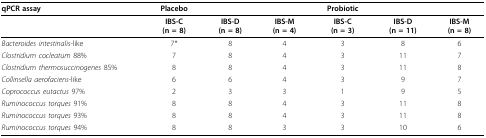
<table><thead><tr><td><b>qPCR assay</b></td><td><b>Placebo</b></td><td></td><td></td><td><b>Probiotic</b></td><td></td><td></td></tr></thead><tbody><tr><td></td><td><b>IBS-C</b><b>(n = 8)</b></td><td><b>IBS-D</b><b>(n = 8)</b></td><td><b>IBS-M</b><b>(n = 4)</b></td><td><b>IBS-C</b><b>(n = 3)</b></td><td><b>IBS-D</b><b>(n = 11)</b></td><td><b>IBS-M</b><b>(n = 8)</b></td></tr><tr><td><i>Bacteroides intestinalis</i>-like</td><td>7*</td><td>8</td><td>4</td><td>3</td><td>8</td><td>6</td></tr><tr><td><i>Clostridium cocleatum </i>88%</td><td>7</td><td>8</td><td>4</td><td>3</td><td>11</td><td>7</td></tr><tr><td><i>Clostridium thermosuccinogenes </i>85%</td><td>8</td><td>8</td><td>4</td><td>3</td><td>11</td><td>8</td></tr><tr><td><i>Collinsella aerofaciens</i>-like</td><td>6</td><td>6</td><td>4</td><td>3</td><td>9</td><td>7</td></tr><tr><td><i>Coprococcus eutactus </i>97%</td><td>2</td><td>3</td><td>3</td><td>1</td><td>9</td><td>5</td></tr><tr><td><i>Ruminococcus torques </i>91%</td><td>8</td><td>8</td><td>4</td><td>3</td><td>11</td><td>8</td></tr><tr><td><i>Ruminococcus torques </i>93%</td><td>8</td><td>8</td><td>4</td><td>3</td><td>11</td><td>8</td></tr><tr><td><i>Ruminococcus torques </i>94%</td><td>8</td><td>8</td><td>3</td><td>3</td><td>10</td><td>6</td></tr></tbody></table>